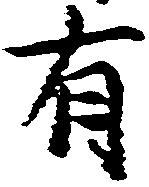
有